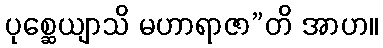
ပုစ္ဆေယျာသိ မဟာရာဇာ”တိ အာဟ။